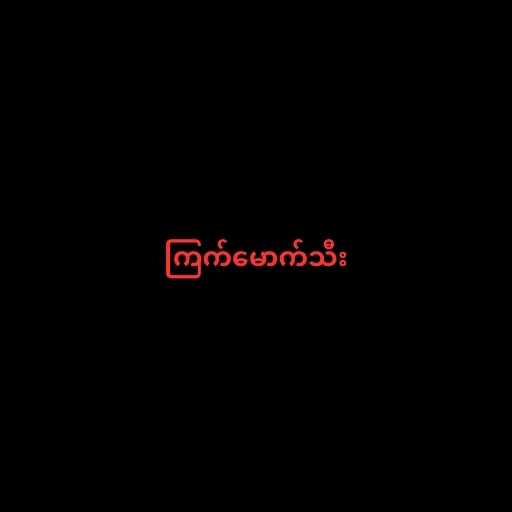
ကြက်မောက်သီး